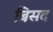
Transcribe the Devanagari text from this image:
बिसद